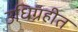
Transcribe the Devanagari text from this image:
उधिग्रहीत